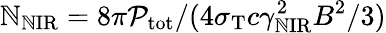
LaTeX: \mathbb{N}_{\mathrm{{\mathbb{N}IR}}}=8\pi\mathcal{{P}}_{\mathrm{{tot}}}/(4\sigma_{\mathrm{{T}}}c\gamma_{\mathrm{{\mathbb{N}IR}}}^{2}B^{2}/3)